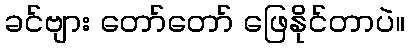
ခင်ဗျား တော်တော် ဖြေနိုင်တာပဲ။